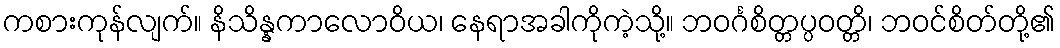
ကစားကုန်လျက်။ နိသိန္နကာလောဝိယ၊ နေရာအခါကိုကဲ့သို့။ ဘဝင်္ဂစိတ္တပ္ပဝတ္တိ၊ ဘဝင်စိတ်တို့၏